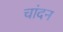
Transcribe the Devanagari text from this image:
चांदन